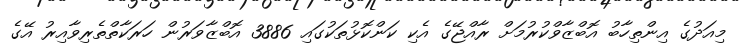
މިއަދުގެ އިންތިހާބު އޮބްޒާވްކުރުމަށް ރާއްޖޭގެ އެކި ކަންކޮޅުތަކުގައި 3886 އޮބްޒާވަރުން ހަރަކާތްތެރިވާއިރު އޭގެ